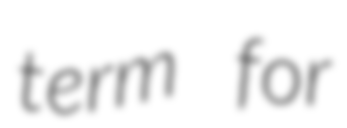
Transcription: term for